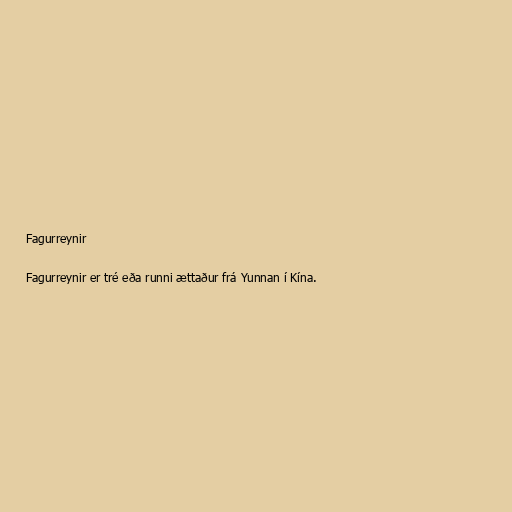
Fagurreynir

Fagurreynir er tré eða runni ættaður frá Yunnan í Kína.